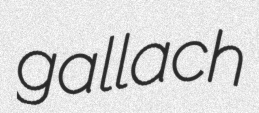
gallach